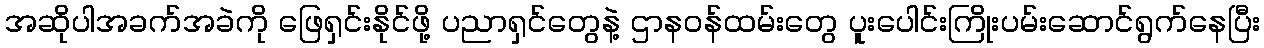
အဆိုပါအခက်အခဲကို ဖြေရှင်းနိုင်ဖို့ ပညာရှင်တွေနဲ့ ဌာနဝန်ထမ်းတွေ ပူးပေါင်းကြိုးပမ်းဆောင်ရွက်နေပြီး